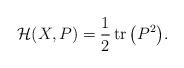
LaTeX: \begin{gather*}\mathcal{H}(X,P)=\frac{1}{2}\operatorname{tr}\big(P^2\big).\end{gather*}